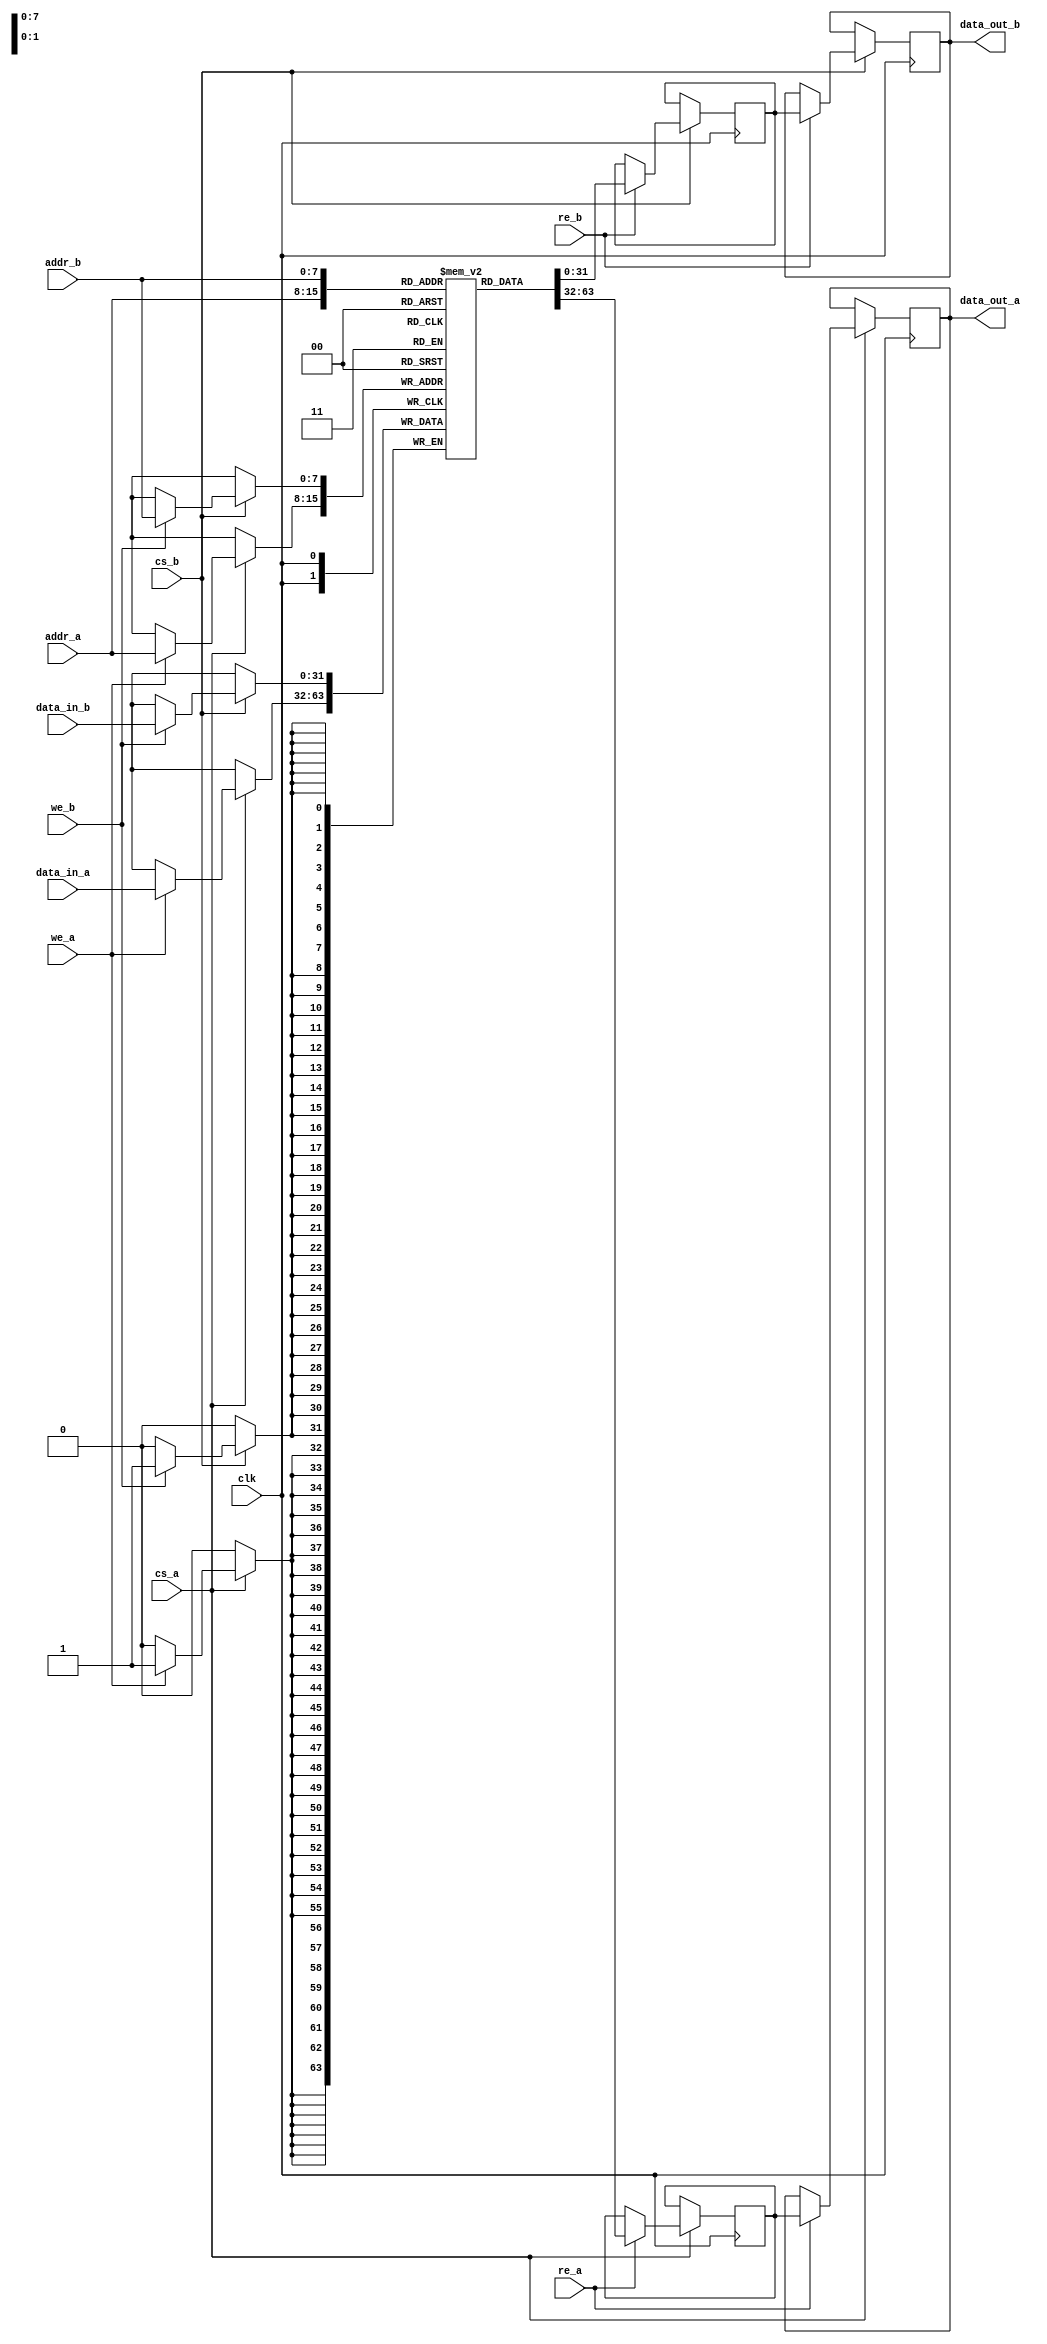
module DualPortPipelineSRAM #(
    parameter ADDR_WIDTH = 8,   // Address width
    parameter DATA_WIDTH = 32,   // Data width (configurable)
    parameter MEMORY_SIZE = (1 << ADDR_WIDTH) // Number of memory locations
)(
    input wire clk,              // Clock signal
    input wire cs_a,             // Chip select for Port A
    input wire cs_b,             // Chip select for Port B
    input wire we_a,             // Write enable for Port A
    input wire we_b,             // Write enable for Port B
    input wire re_a,             // Read enable for Port A
    input wire re_b,             // Read enable for Port B
    input wire [ADDR_WIDTH-1:0] addr_a, // Address for Port A
    input wire [ADDR_WIDTH-1:0] addr_b, // Address for Port B
    input wire [DATA_WIDTH-1:0] data_in_a, // Data input for Port A
    input wire [DATA_WIDTH-1:0] data_in_b, // Data input for Port B
    output reg [DATA_WIDTH-1:0] data_out_a, // Data output for Port A
    output reg [DATA_WIDTH-1:0] data_out_b  // Data output for Port B
);

    // Memory array
    reg [DATA_WIDTH-1:0] memory [0:MEMORY_SIZE-1];

    // Pipeline registers
    reg [DATA_WIDTH-1:0] pipeline_stage_a;
    reg [DATA_WIDTH-1:0] pipeline_stage_b;

    // Port A Logic
    always @(posedge clk) begin
        if (cs_a) begin
            if (we_a) begin
                // Write operation
                memory[addr_a] <= data_in_a; // Write data
            end
            if (re_a) begin
                // Read operation
                pipeline_stage_a <= memory[addr_a]; // Read data into pipeline
                data_out_a <= pipeline_stage_a; // Output data after one cycle
            end
        end
    end

    // Port B Logic
    always @(posedge clk) begin
        if (cs_b) begin
            if (we_b) begin
                // Write operation
                memory[addr_b] <= data_in_b; // Write data
            end
            if (re_b) begin
                // Read operation
                pipeline_stage_b <= memory[addr_b]; // Read data into pipeline
                data_out_b <= pipeline_stage_b; // Output data after one cycle
            end
        end
    end

endmodule